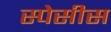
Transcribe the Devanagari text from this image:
स्पेसीस